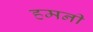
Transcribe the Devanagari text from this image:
हमनी